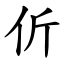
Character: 伒